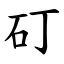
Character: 矴